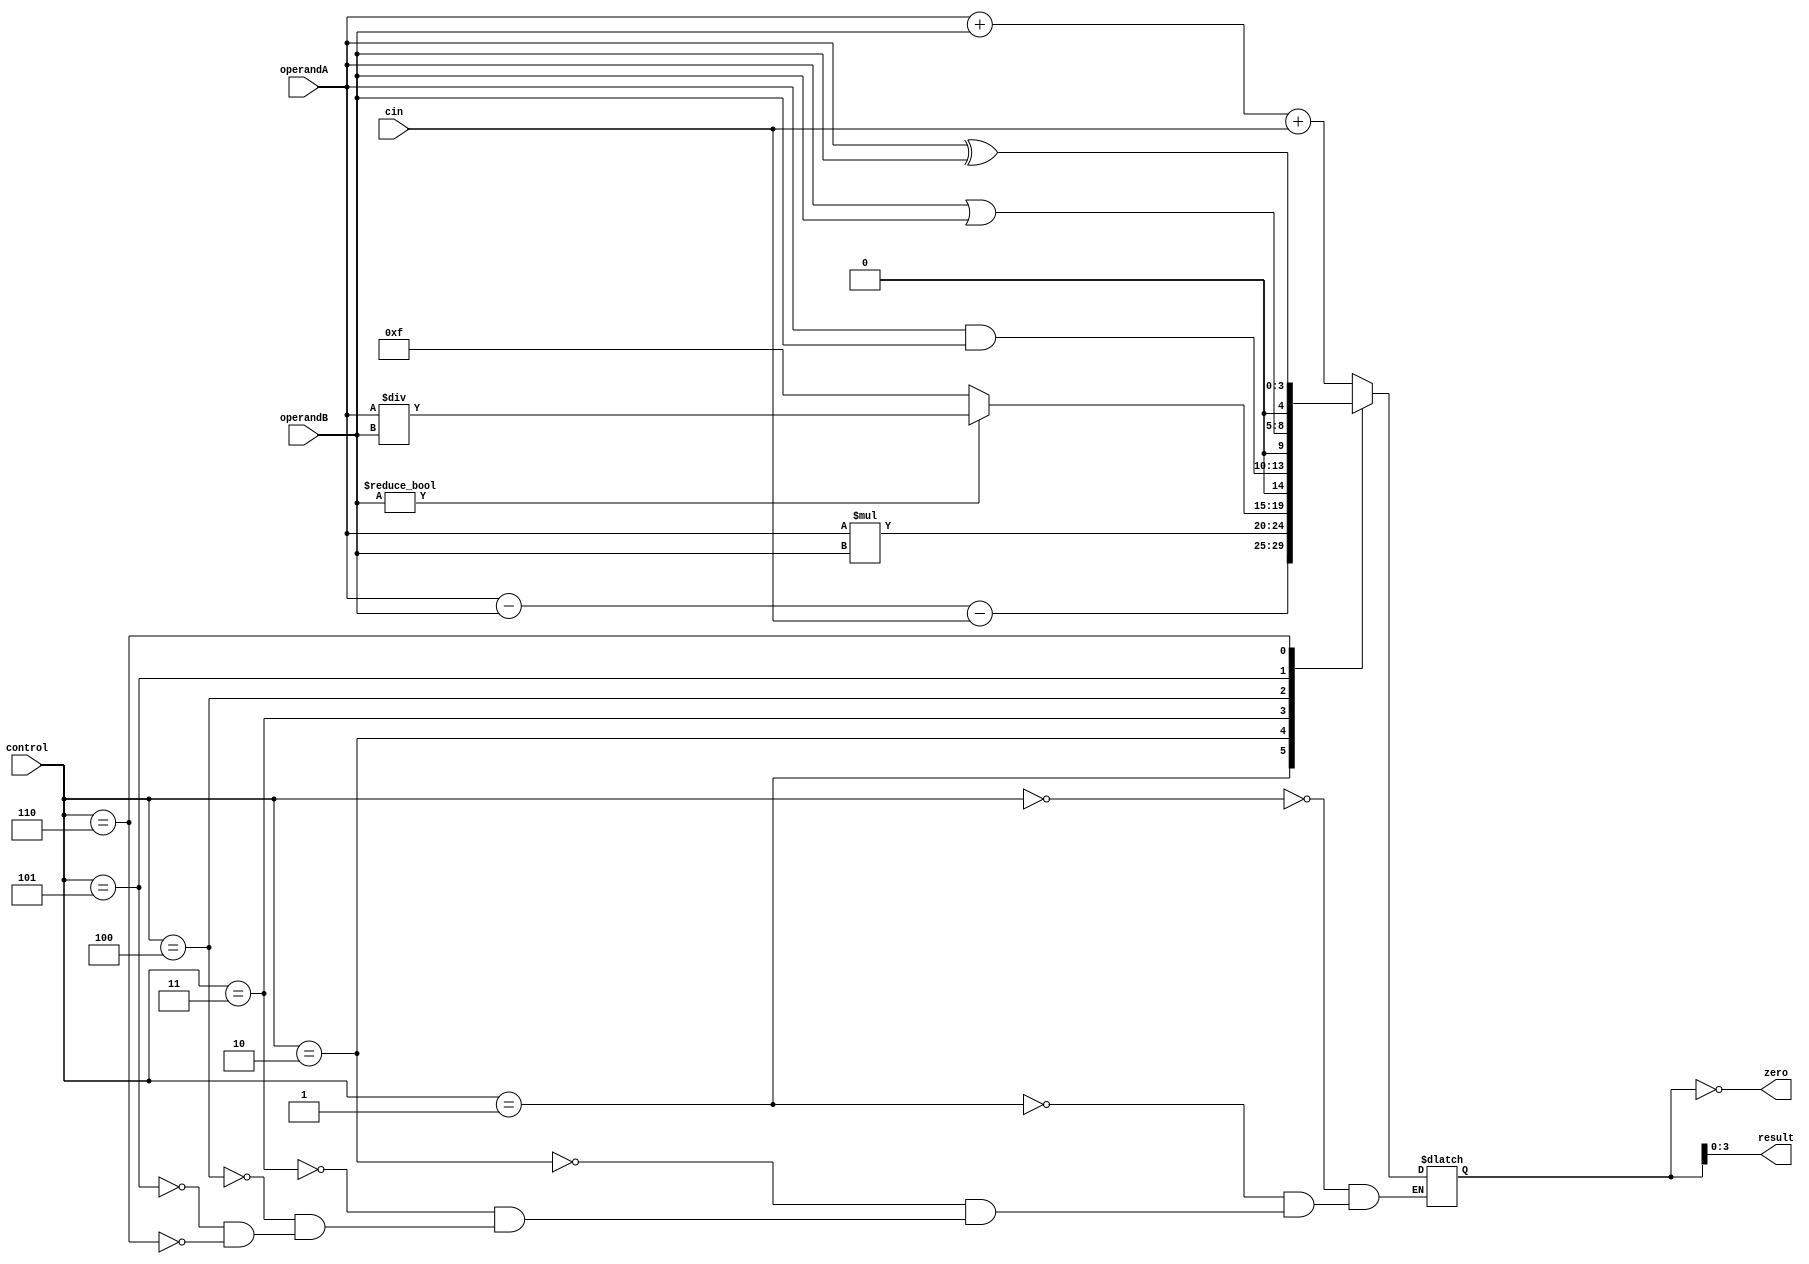
module ALU (
    input [3:0] operandA,
    input [3:0] operandB,
    input [2:0] control,
    input cin,
    output reg [3:0] result,
    output reg zero
);

reg [4:0] temp_result;

always @(*) begin
    case (control)
        3'b000: temp_result = operandA + operandB + cin;
        3'b001: temp_result = operandA - operandB - cin;
        3'b010: temp_result = operandA * operandB;
        3'b011: begin
            if (operandB != 0) 
                temp_result = operandA / operandB;
            else
                temp_result = 4'b1111;
        end
        3'b100: temp_result = operandA & operandB;
        3'b101: temp_result = operandA | operandB;
        3'b110: temp_result = operandA ^ operandB;
    endcase
end

assign zero = (temp_result == 0);
assign result = temp_result[3:0];

endmodule